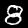
Label: 8